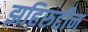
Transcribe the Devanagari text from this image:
झहिरुद्दीन